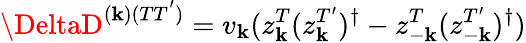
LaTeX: \DeltaD^{(\mathbf{k})(TT^{'})}=v_{\mathbf{k}}(z_{\mathbf{k}}^{T}(z_{\mathbf{k}}^{T^{\prime}})^{\dagger}-z_{-\mathbf{k}}^{T}(z_{-\mathbf{k}}^{T^{\prime}})^{\dagger})